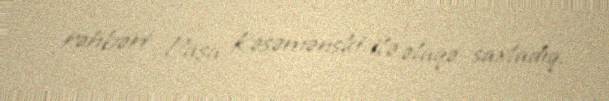
rəhbəri Paşa Kəsəmənski ilə əlaqə saxladıq.